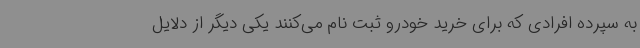
به سپرده افرادی که برای خرید خودرو ثبت نام می‌کنند یکی دیگر از دلایل